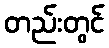
တည်းတွင်